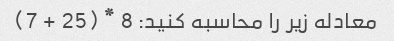
معادله زیر را محاسبه کنید: 8 * (25 + 7)